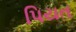
પિયત